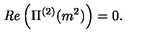
{ \it R e } \left( \Pi ^ { ( 2 ) } ( m ^ { 2 } ) \right) = 0 .